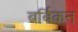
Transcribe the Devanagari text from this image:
बर्बिकन